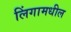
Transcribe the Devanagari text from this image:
लिंगामधील